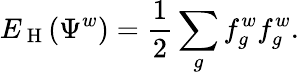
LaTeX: E_{\mathrm{~H~}}(\Psi^{w})=\frac{1}{2}\sum_{g}f_{g}^{w}f_{g}^{w}.